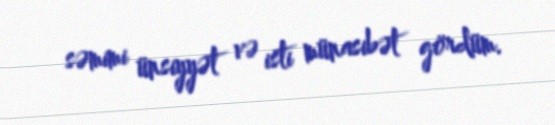
səmimi ünsiyyət və isti münasibət gördüm.